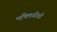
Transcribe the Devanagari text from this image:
भक्तिगीतों